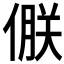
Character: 𪝝